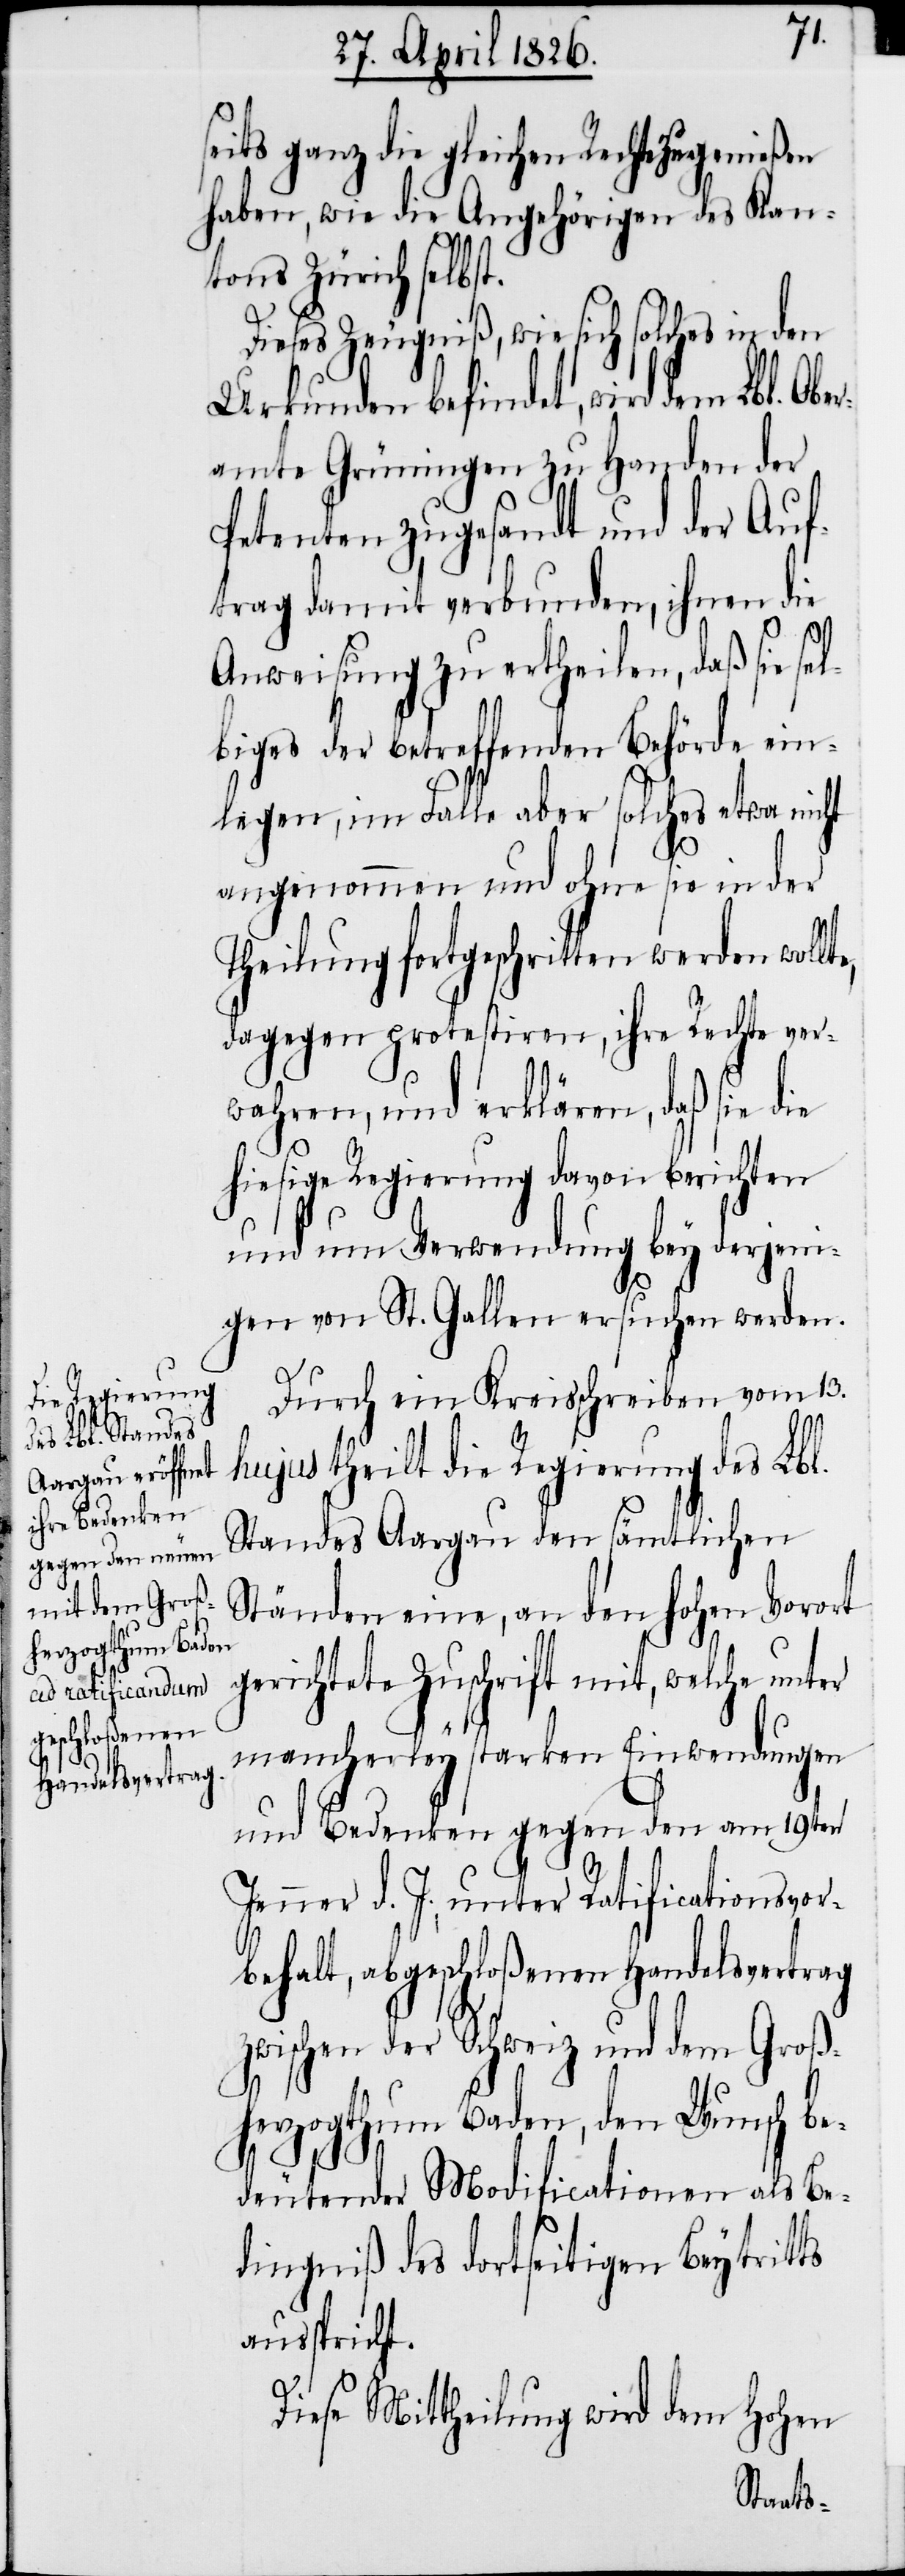
seits ganz die gleichen Rechte zu genießen
haben, wie die Angehörigen des Kan¬
tons Zürich selbst.
Dieses Zeugniß, wie sich solches in den
Urkunden befindet, wird dem Lbl.
amte Grüningen zu Handen der
Petenten zugesandt und der Auft¬
rag damit verbunden, ihnen die
Anweisung zu ertheilen, daß sie se¬
lbiges der betreffenden Behörde ein¬
legen, im Falle aber solches etwa nicht
angenommen und ohne sie in der
Theilung fortgeschritten werden wollt¬
dagegen protestiren, ihre Rechte ver¬
wahren, und erklären, daß sie die
hiesige Regierung davon berichten
und um Verwendung bey derjeni¬
gen von St. Gallen ersuchen werden.
Durch ein Kreisschreiben vom 13.
hujus theilt die Regierung des Lbl.
Standes Aargau den sämtlichen
Ständen eine, an den hohen Vorort
gerichtete Zuschrift mit, welche unter
mancherley starken Einwendungen
und Bedenken gegen den am 19ten
Jenner d. J., unter Ratificationsvor¬
behalt, abgeschloßenen Handelsvertrag
zwischen der Schweiz und dem Groß¬
herzogthum Baden, den Wunsch be¬
e,
deutender Modificationen als Be¬
dingniß des dortseitigen Beytritts
ausspricht.
Diese Mittheilung wird dem hohen